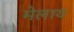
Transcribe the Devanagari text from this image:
मेलाय